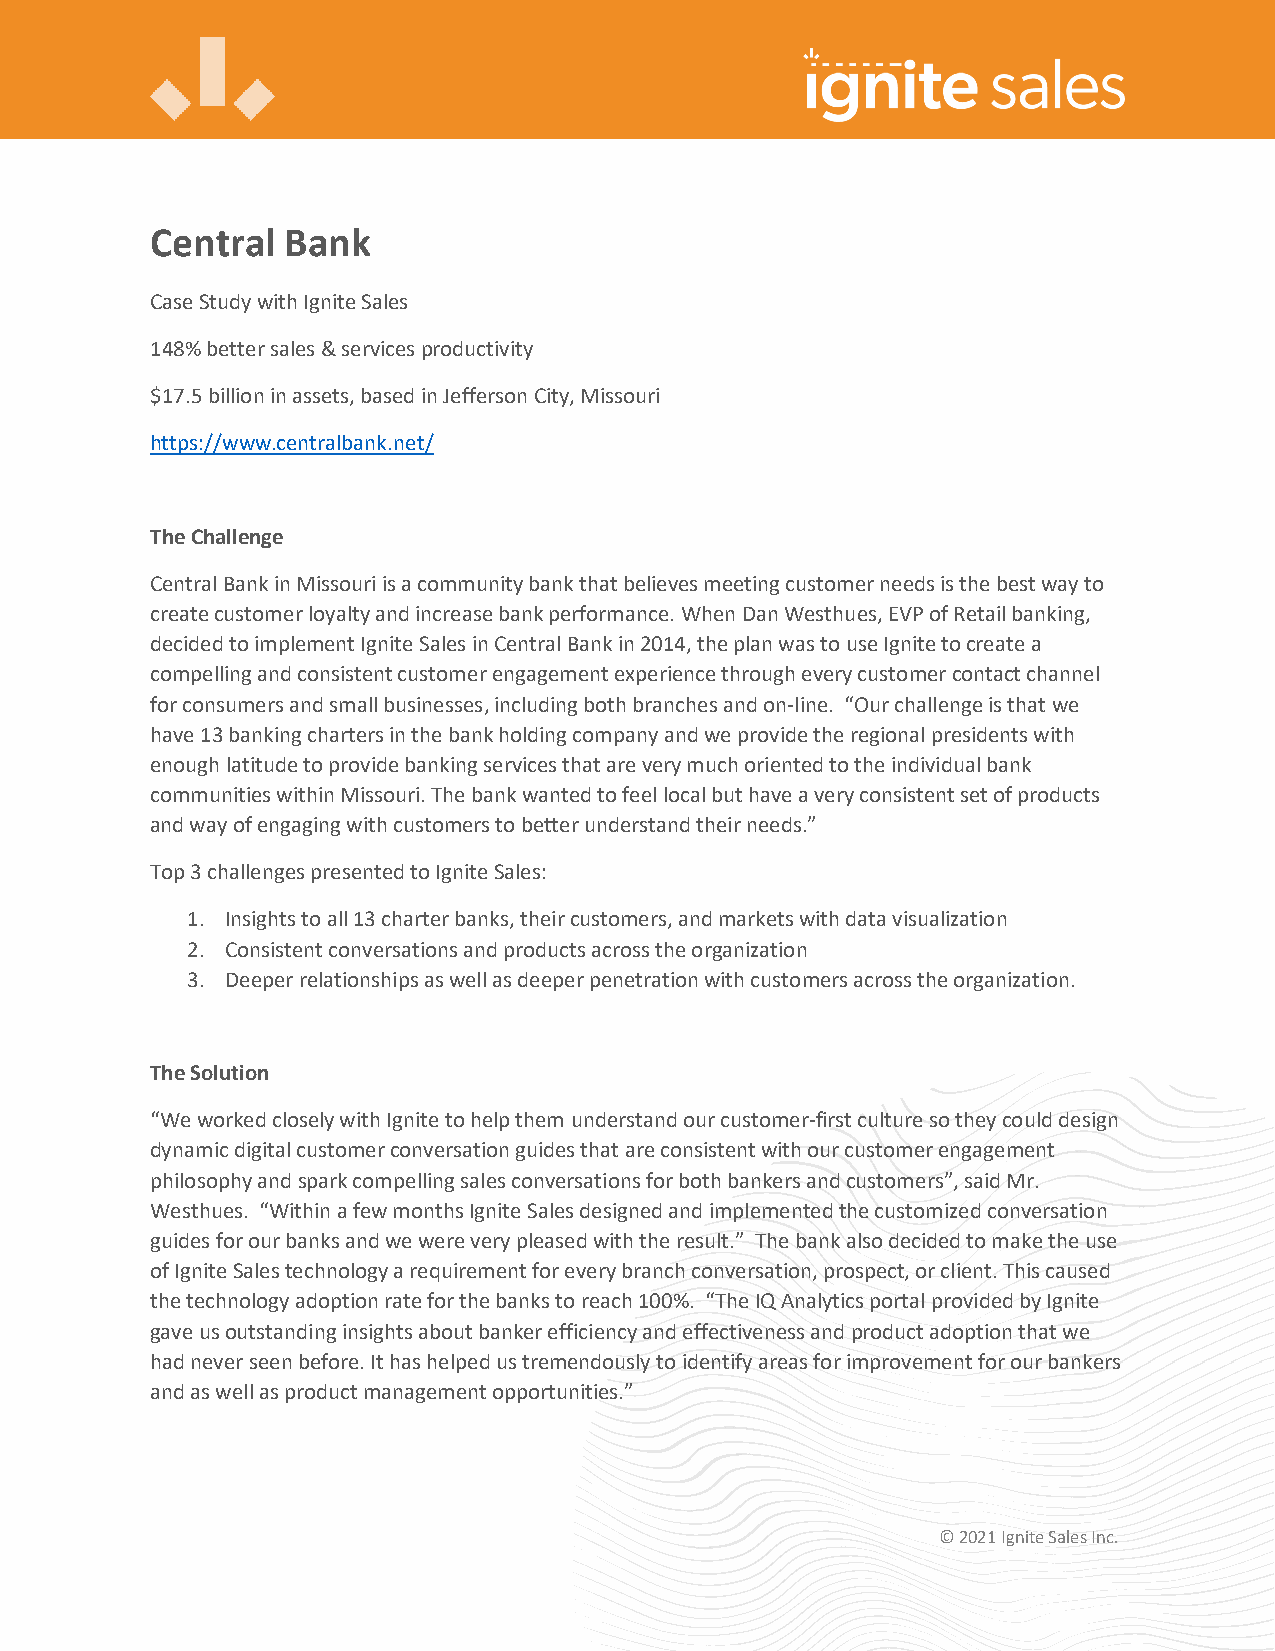
Central  Bank
 Case Study with Ignite Sales
 148% better sales & services productivity
 $17.5 billion in assets, based in Jefferson City, Missouri
 https://www.centralbank.net/
 The Challenge
 Central Bank in Missouri is a community bank that believes meeting customer needs is the best way to
 create customer loyalty and increase bank performance. When Dan Westhues, EVP of Retail banking,
 decided to implement Ignite Sales in Central Bank in 2014, the plan was to use Ignite to create a
 compelling and consistent customer engagement experience through every customer contact channel
 for consumers and small businesses, including both branches and on-line. “Our challenge is that we
 have 13 banking charters in the bank holding company and we provide the regional presidents with
 enough latitude to provide banking services that are very much oriented to the individual bank
 communities within Missouri. The bank wanted to feel local but have a very consistent set of products
 and way of engaging with customers to better understand their needs.”
 Top 3 challenges presented to Ignite Sales:
 1. Insights to all 13 charter banks, their customers, and markets with data visualization
 2. Consistent conversations and products across the organization
 3. Deeper relationships as well as deeper penetration with customers across the organization.
 The Solution
 “We worked closely with Ignite to help them understand our customer-first culture so they could design
 dynamic digital customer conversation guides that are consistent with our customer engagement
 philosophy and spark compelling sales conversations for both bankers and customers”, said Mr.
 Westhues. “Within a few months Ignite Sales designed and implemented the customized conversation
 guides for our banks and we were very pleased with the result.” The bank also decided to make the use
 of Ignite Sales technology a requirement for every branch conversation, prospect, or client. This caused
 the technology adoption rate for the banks to reach 100%. “The IQ Analytics portal provided by Ignite
 gave us outstanding insights about banker efficiency and effectiveness and product adoption that we
 had never seen before. It has helped us tremendously to identify areas for improvement for our bankers
 and as well as product management opportunities.”
 © 2021 Ignite Sales Inc.